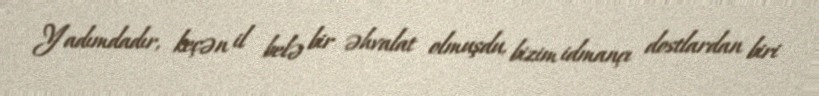
Yadımdadır, keçən il belə bir əhvalat olmuşdu, bizim idmançı dostlardan biri